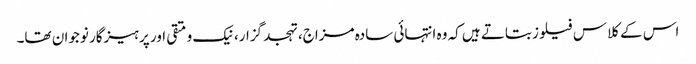
اس کے کلاس فیلوز بتاتے ہیں کہ وہ انتہائی سادہ مزاج، تہجد گزار، نیک و متقی اور پرہیزگار نوجوان تھا۔